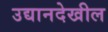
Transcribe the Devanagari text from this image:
उद्यानदेखील